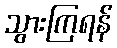
သွားကြရန်